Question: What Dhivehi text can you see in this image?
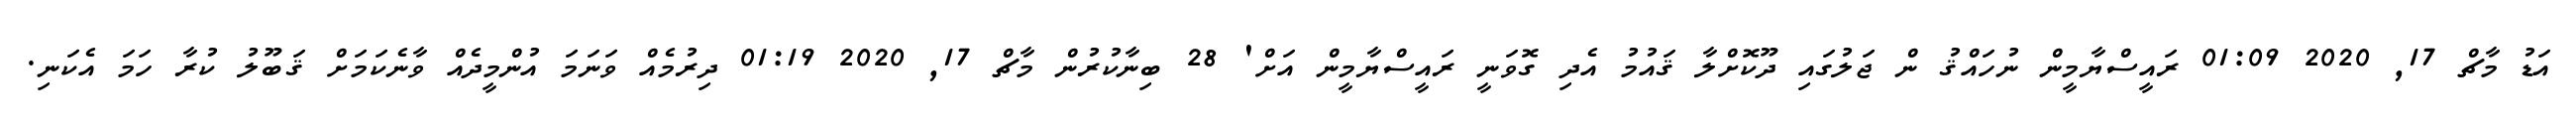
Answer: އަޑު މާޗް 17, 2020 01:09 ރައީސްޔާމީން ނުހައްޤު ން ޖަލުގައި ދޫކޮށްލާ ޤައުމު އެދި ގޮވަނީ ރައީސްޔާމީން އަށް' 28 ބިނާކުރުން މާޗް 17, 2020 01:19 ދިރުމެއް ވަނަމަ އުންމީދެއް ވާނެކަމަށް ޤަބޫލު ކުރާ ހަމަ އެކަނި.